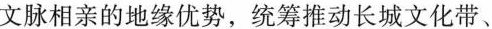
文脉相亲的地缘优势，统筹推动长城文化带、